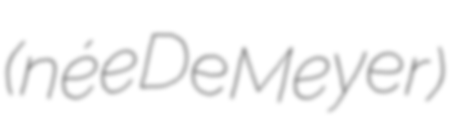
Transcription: (née De Meyer)